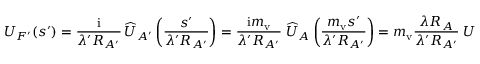
U _ { F ^ { \prime } } ( \boldsymbol s ^ { \prime } ) = { \frac { \mathrm { i } } { \lambda ^ { \prime } R _ { A ^ { \prime } } } } \, \widehat U _ { A ^ { \prime } } \left( { \frac { \boldsymbol s ^ { \prime } } { \lambda ^ { \prime } R _ { A ^ { \prime } } } } \right) = { \frac { \mathrm { i } m _ { \mathrm { v } } } { \lambda ^ { \prime } R _ { A ^ { \prime } } } } \; \widehat U _ { A } \left( { \frac { m _ { \mathrm { v } } \boldsymbol s ^ { \prime } } { \lambda ^ { \prime } R _ { A ^ { \prime } } } } \right) = m _ { \mathrm { v } } { \frac { \lambda R _ { A } } { \lambda ^ { \prime } R _ { A ^ { \prime } } } } \; U _ { F } \left( m _ { \mathrm { v } } { \frac { \lambda R _ { A } \boldsymbol s ^ { \prime } } { \lambda ^ { \prime } R _ { A ^ { \prime } } } } \right) \, .